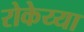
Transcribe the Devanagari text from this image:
रोकेय्या